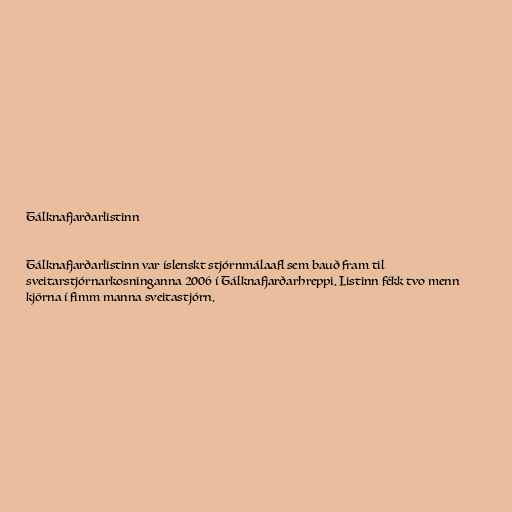
Tálknafjarðarlistinn

Tálknafjarðarlistinn var íslenskt stjórnmálaafl sem bauð fram til
sveitarstjórnarkosninganna 2006 í Tálknafjarðarhreppi. Listinn fékk tvo menn
kjörna í fimm manna sveitastjórn.